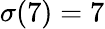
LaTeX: \sigma(7)=7